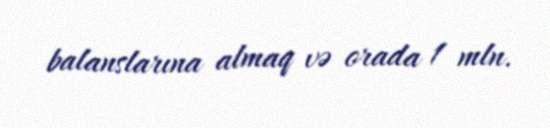
balanslarına almaq və orada 1 mln.